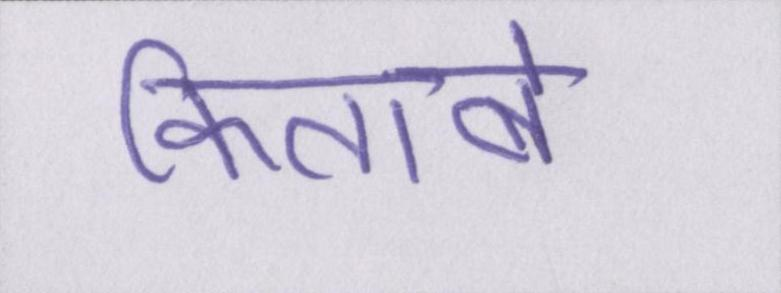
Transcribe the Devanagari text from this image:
किताबें